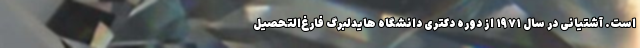
است. آشتیانی در سال ۱۹۷۱ از دوره دکتری دانشگاه هایدلبرگ فارغ‌التحصیل